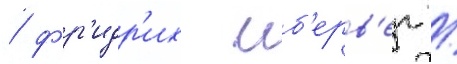
/ фр'идр'их иб'ерв'ег /